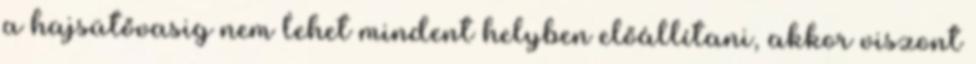
a hajsütővasig nem lehet mindent helyben előállítani, akkor viszont